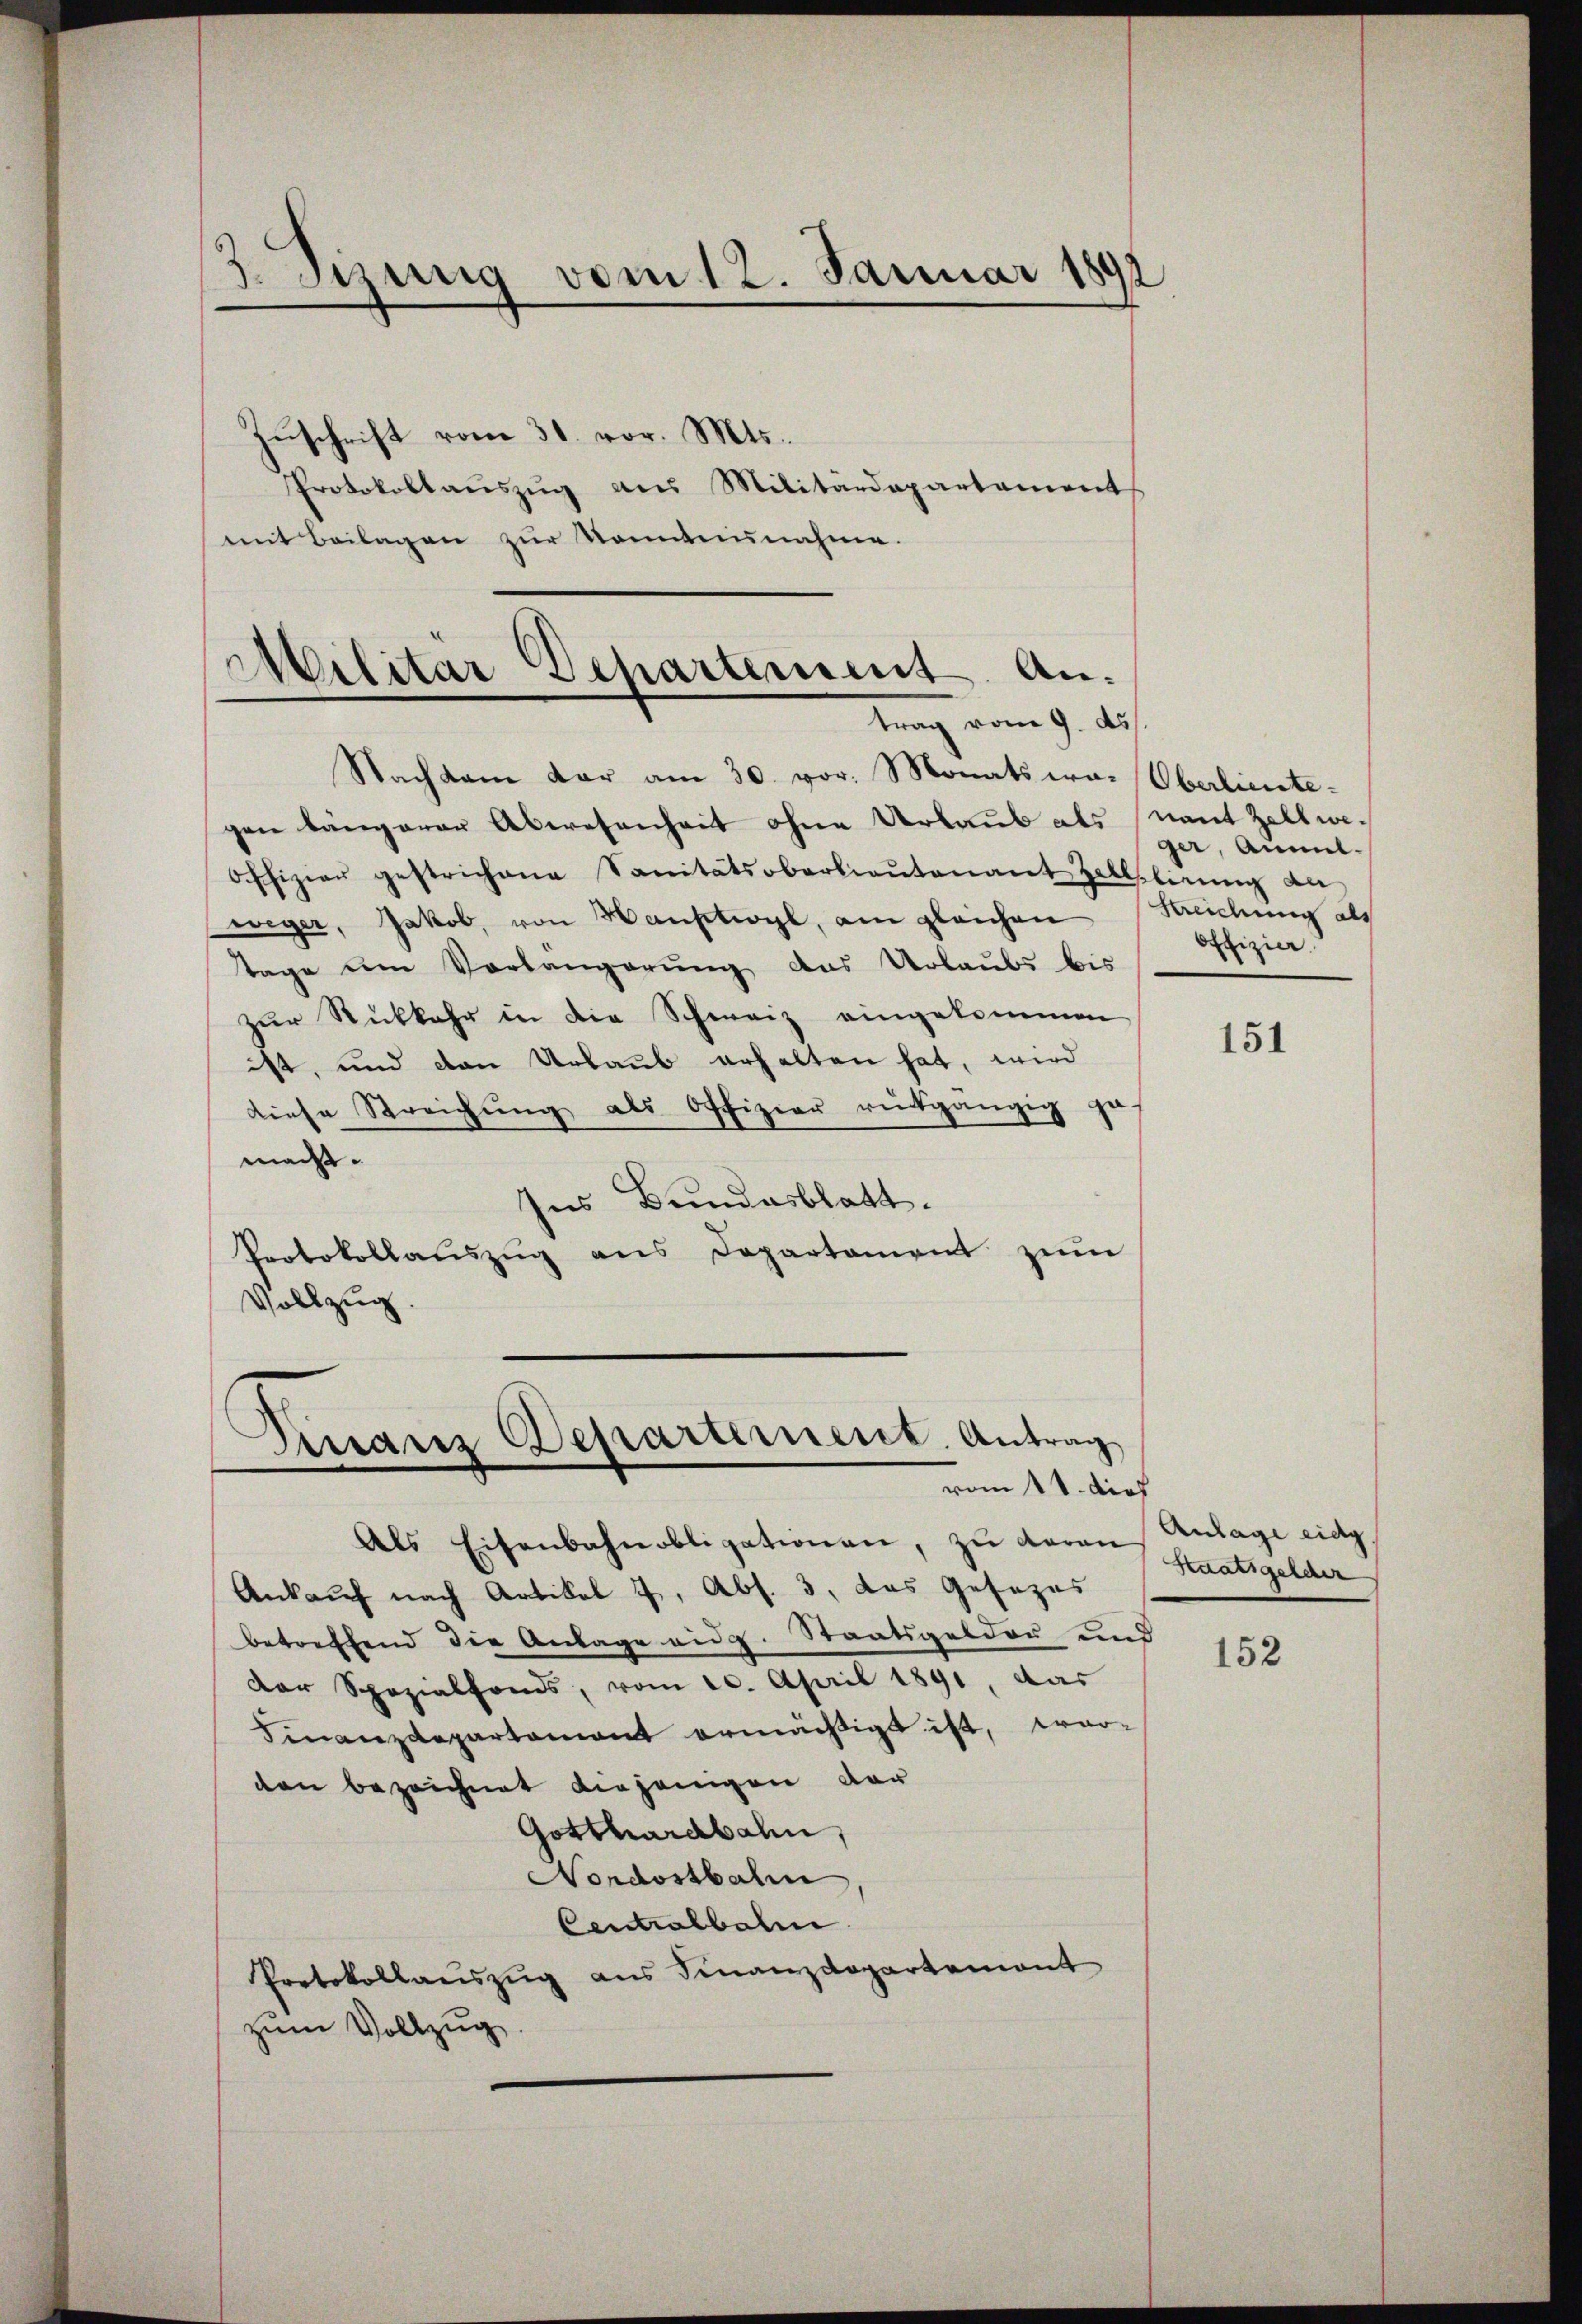
3. Sizung vom 12. Januar 1892

Zuschrift vom 31. vor. Mts.
Protokollauszug aus Militärdepartement
mit Beilagen zur Sonntennahme.

Militär Departement Antrag vom 9. ds

Nachkam dar am 30. vor. Monats war Oberlieutegen längerer Abwesenheit ohne Urlaub als nant Zellwe¬
Offizier gestrichene Sanitätsoberlieŭtenant Zollplirung an
weger, Jakob, von Hauptwyl, am gleichen Reichung als
Tage um Vorlängerung aus Urlaubs bis
zŭr Rückkehr in die Schweiz eingekommen
ist, und den Urlaub erhalten hat, wird
diese Streichung als Offizier rütgängig zu
macht.
Ins Bundesblatt.
Protokollaŭszŭg ans Departament zŭm
Vollzug.

.
Ganz Departement. Antrag
vom 11. dies

Als Eisenbahnobligationen, zu daran
Ankauf nach Artikel 7, Abs. 3, das Gesezes
betreffend die Anlage eidg. Staatsgelder und
der Sozialfonds, vom 20. April 1891, das
Finanzdepartement ermächtigt ist, wor-
den bezeichnet diejenigen dar
Gotthardbahn,
Nordostbahn
Centralbahne
Protokollauszug aus Finanzdepartement
zum Vollzug.

ger, Annel.
Offizier

151

Anlage eidg.
Kaatsgelder

152